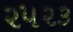
૨૫૨૩